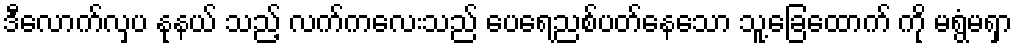
ဒီလောက်လှပ နုနယ် သည့် လက်ကလေးသည် ပေရေညစ်ပတ်နေသော သူ့ခြေထောက် ကို မရွံမရှာ